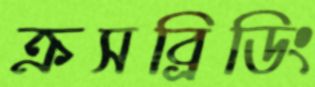
ক্রসব্রিডিং